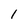
Character: l